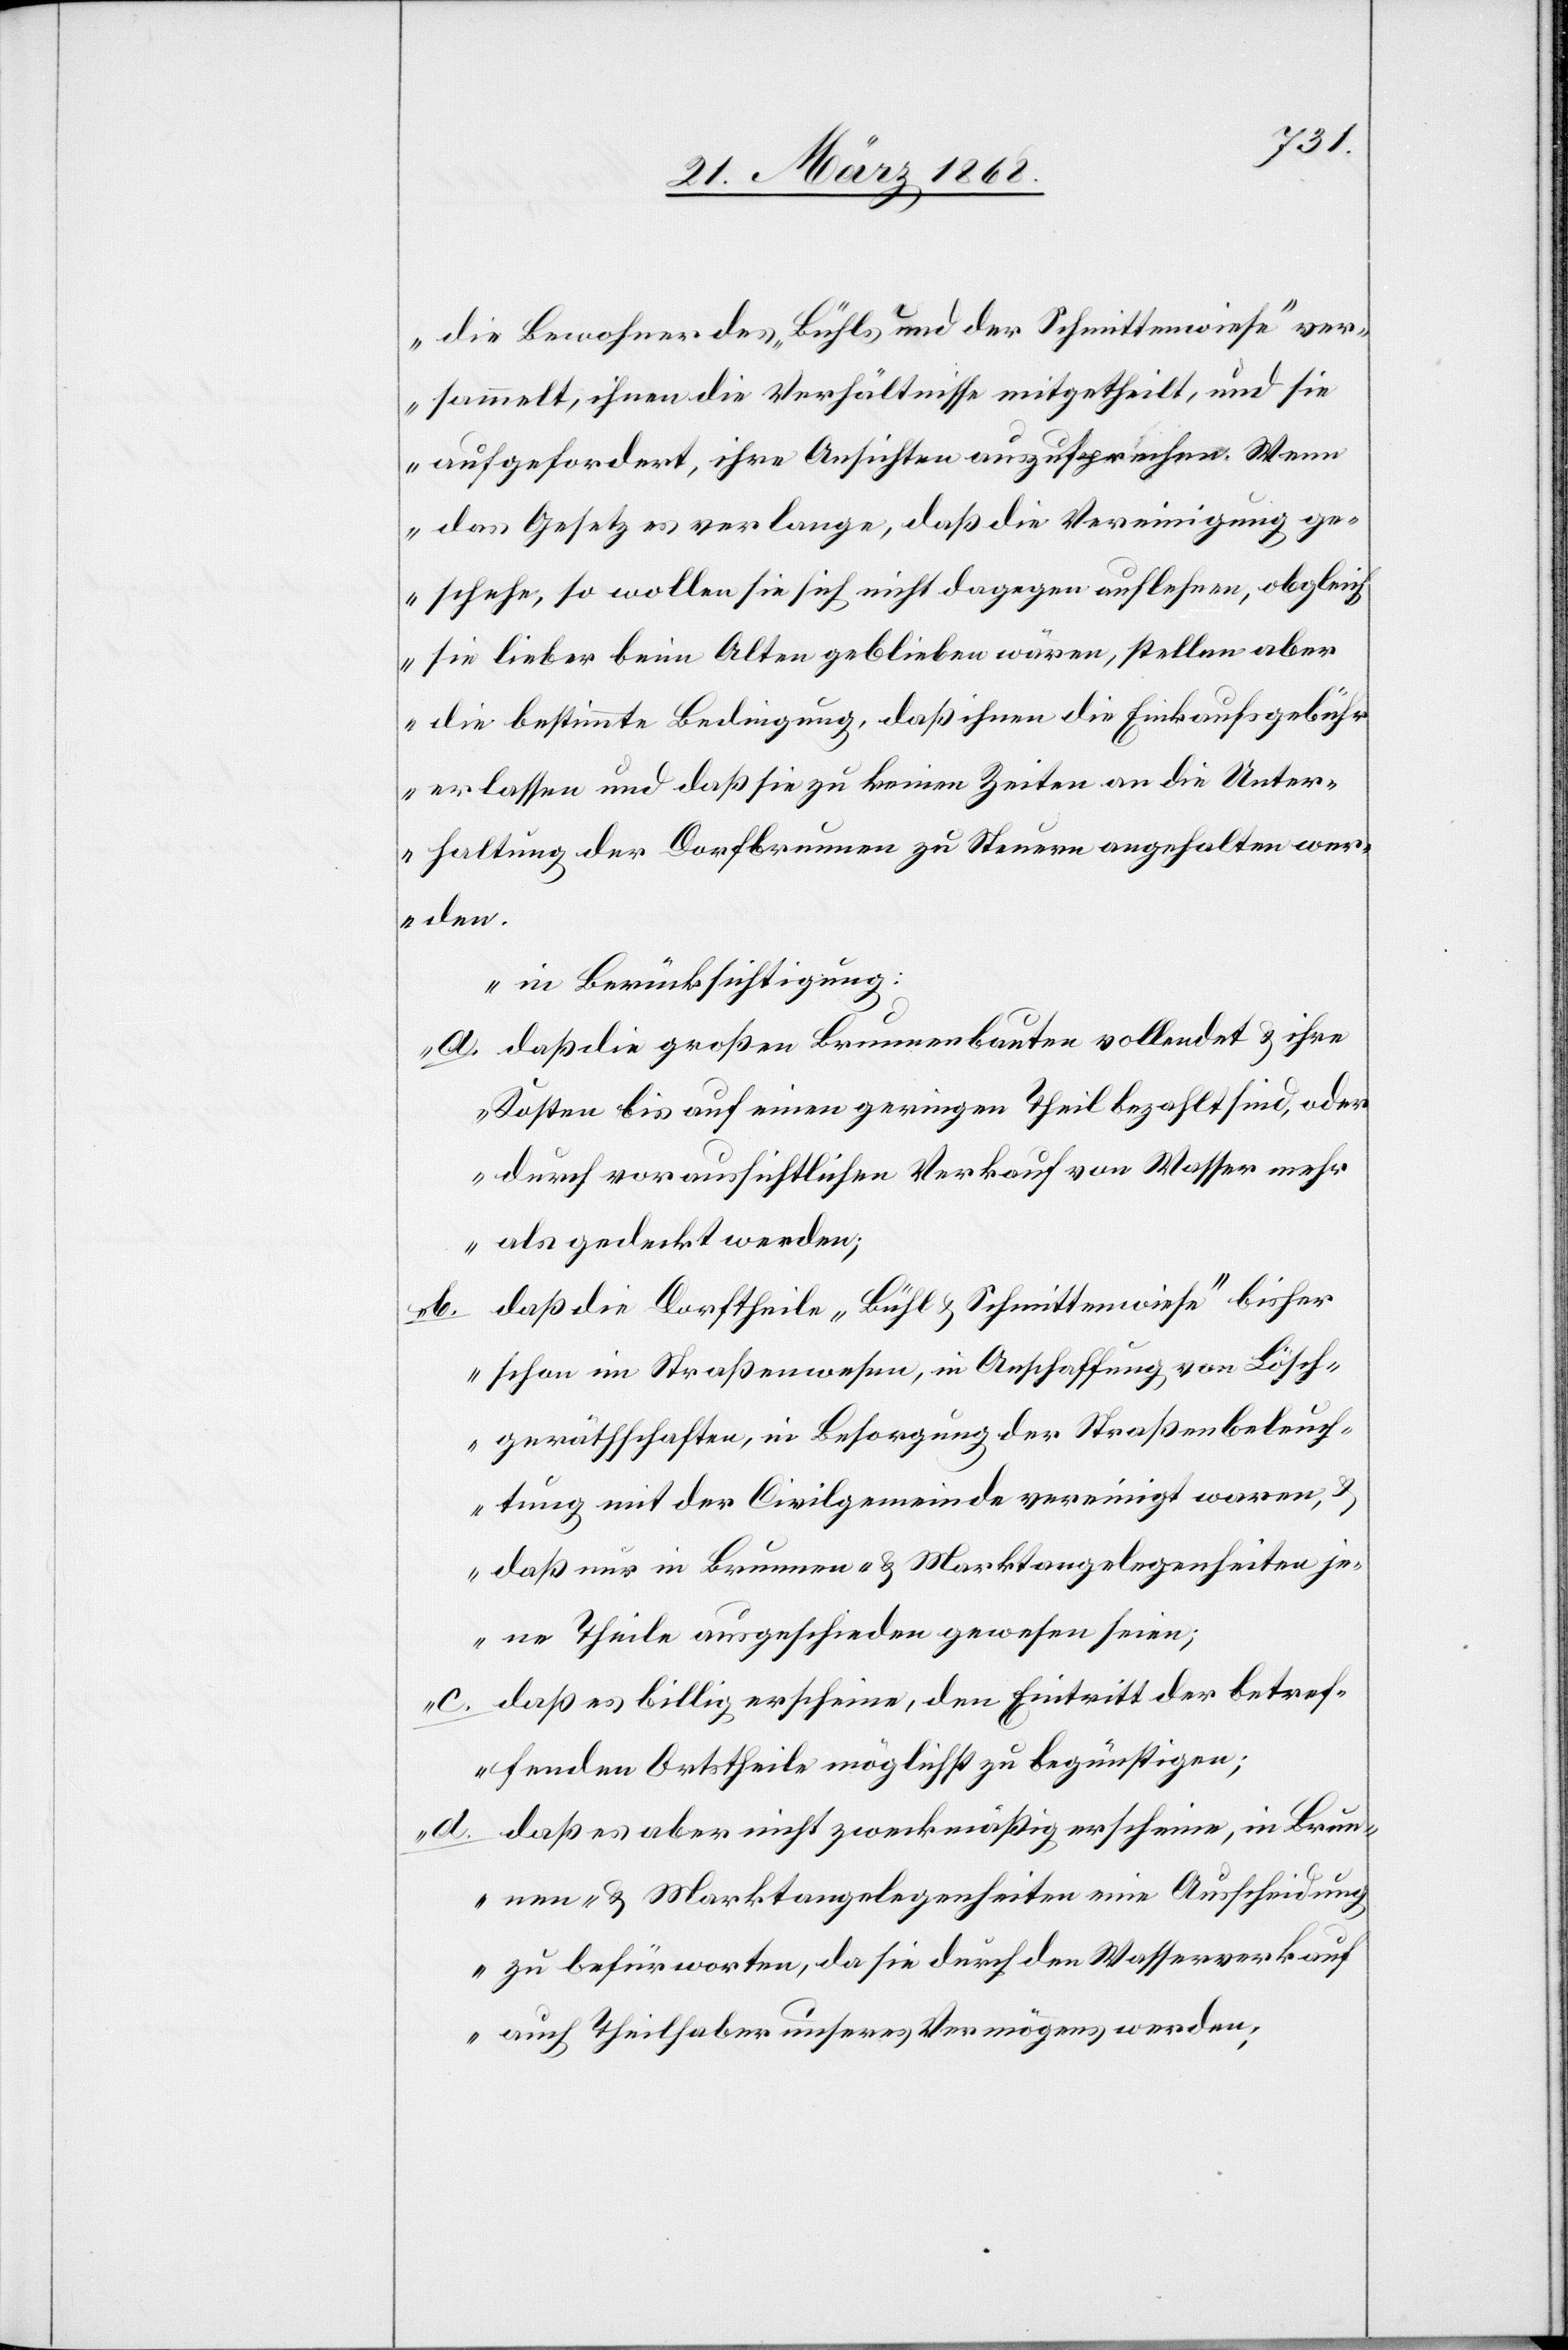
die Bewohner des „Bühls und der Schmittenwiese“ ver¬
sammelt, ihnen die Verhältnisse mitgetheilt, und sie
aufgefordert, ihre Ansichten auszusprechen. Wenn
das Gesetz es verlange, daß die Vereinigung ge¬
schehe, so wollen sie sich nicht dagegen auflehnen, obgleich
sie lieber beim Alten geblieben wären, stellen aber
die bestimmte Bedingung, daß ihnen die Einkaufsgebühr
erlassen und daß sie zu keinen Zeiten an die Unter¬
haltung der Dorfbrunnen zu Steuern angehalten wer¬
den.
in Berücksichtigung:
daß die großen Brunnenbauten vollendet & ihre
Kosten bis auf einen geringen Theil bezahlt sind, oder
durch voraussichtlichen Verkauf von Wasser mehr
als gedeckt werden;
daß die Dorftheile „Bühl & Schmittenwiese“ bisher
schon im Straßenwesen, in Anschaffung von Lösch¬
geräthschaften, in Besorgung der Straßenbeleuch¬
tung mit der Civilgemeinde vereinigt waren, &
daß nur in Brunnen- & Marktangelegenheiten je¬
ne Theile ausgeschieden gewesen seien;
daß es billig erscheine, den Eintritt der betref¬
fenden Ortstheile möglichst zu begünstigen;
daß es aber nicht zweckmäßig erscheine, in Brun¬
nen- & Marktangelegenheiten eine Ausscheidung
zu befürworten, da sie durch den Wasserverkauf
auch Theilhaber unseres Vermögens werden;